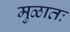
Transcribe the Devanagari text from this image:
मुळातः